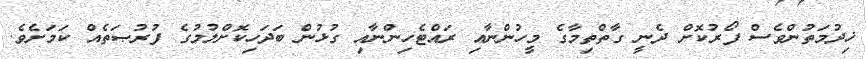
ޚިދުމަތުންވެސް ފޯރުކޮށް ދެނީ ގާތްތިމާގެ މީހުންނާއި ރައްޓެހިންނާއި ގުޅުން ބަދަހިކޮށްލުމުގެ ފުރުޞަތެއް ކަމަށެވެ.